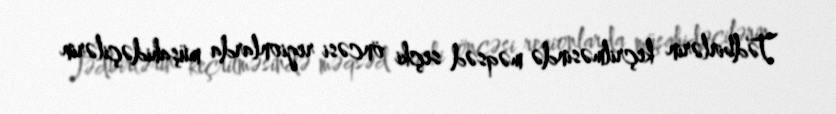
Tədbirlərin keçrilməsində məqsəd seçki öncəsi regionlarda müşahidəçilərin